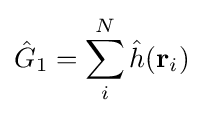
{\hat {G}}_{1}=\sum _{i}^{N}{\hat {h}}(\mathbf {r} _{i})